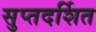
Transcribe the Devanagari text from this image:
सुप्तदर्शित